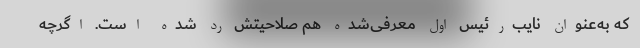
که به‌عنوان نایب‌رئیس اول معرفی‌شده هم صلاحیتش رد شده است. اگرچه